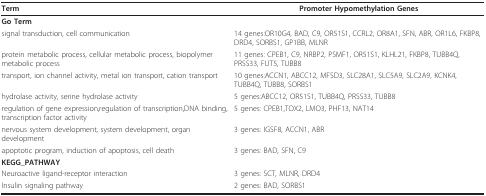
| Term | Promoter Hypomethylation Genes |
 | --- | --- |
 | <COLSPAN=2> Go Term |
 | signal transduction, cell communication | 14 genes:OR10G4, BAD, C9, OR51S1, CCRL2, OR8A1, SFN, ABR, OR1L6, FKBP8, DRD4, SORBS1, GP1BB, MLNR |
 | protein metabolic process, cellular metabolic process, biopolymer metabolic process | 11 genes: CPEB1, C9, NRBP2, PSMF1, OR51S1, KLHL21, FKBP8, TUBB4Q, PRSS33, FUT5, TUBB8 |
 | transport, ion channel activity, metal ion transport, cation transport | 10 genes:ACCN1, ABCC12, MFSD3, SLC28A1, SLC5A9, SLC2A9, KCNK4, TUBB4Q, TUBB8, SORBS1 |
 | hydrolase activity, serine hydrolase activity | 5 genes:ABCC12, OR51S1, TUBB4Q, PRSS33, TUBB8 |
 | regulation of gene expression,regulation of transcription,DNA binding,transcription factor activity | 5 genes: CPEB1,TOX2, LMO3, PHF13, NAT14 |
 | nervous system development, system development, organ development | 3 genes: IGSF8, ACCN1, ABR |
 | apoptotic program, induction of apoptosis, cell death | 3 genes: BAD, SFN, C9 |
 | <COLSPAN=2> KEGG_PATHWAY |
 | Neuroactive ligand-receptor interaction | 3 genes: SCT, MLNR, DRD4 |
 | Insulin signaling pathway | 2 genes: BAD, SORBS1 |